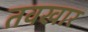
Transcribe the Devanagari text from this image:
तवखार